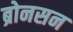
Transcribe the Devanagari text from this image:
ब्रोनसन